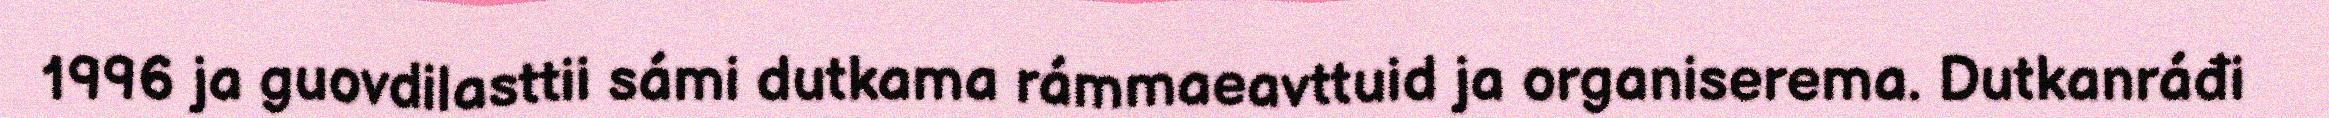
1996 ja guovdilasttii sámi dutkama rámmaeavttuid ja organiserema. Dutkanráđi